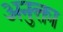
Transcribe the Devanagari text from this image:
अनुक्ता